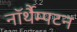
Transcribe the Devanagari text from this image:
नॉर्थैम्पटन